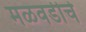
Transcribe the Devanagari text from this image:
मळवडीचे